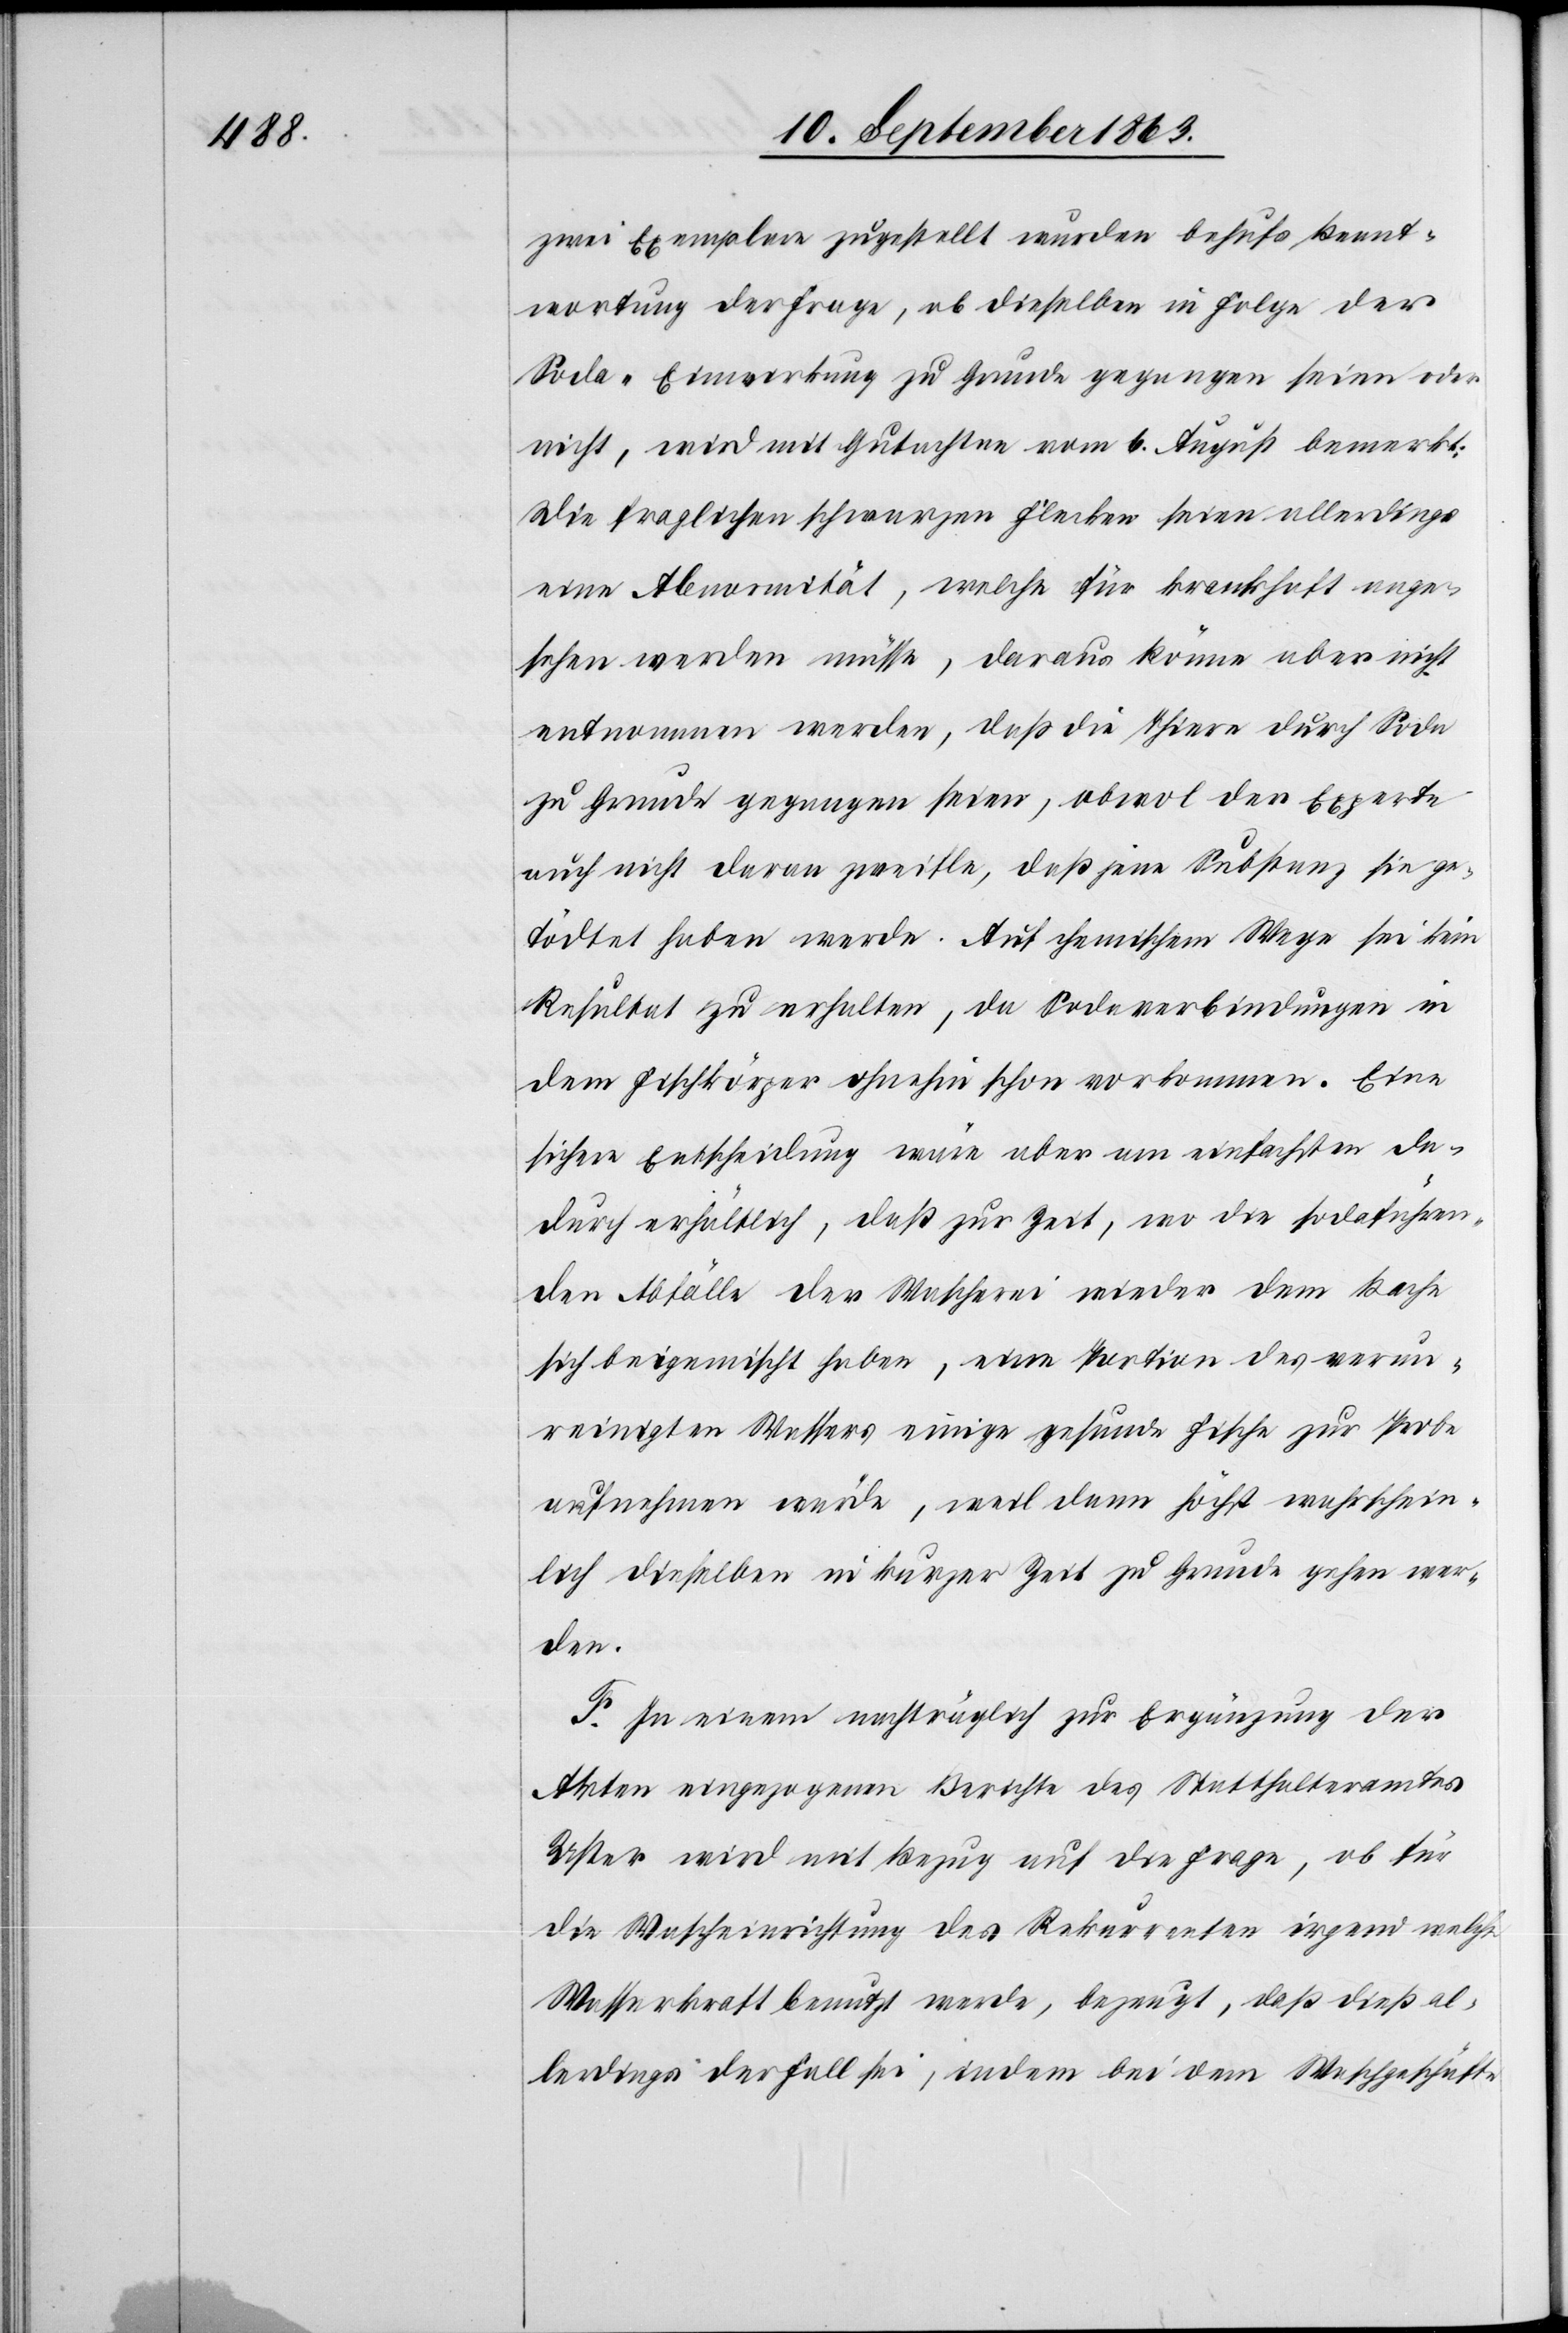
zwei Exemplare zugestellt wurden behufs Beant¬
wortung der Frage, ob dieselben in Folge der
Soda-Einwirkung zu Grunde gegangen seien oder
nicht, wird mit Gutachten vom 6. August bemerkt:
Die fraglichen schwarzen Flecken seien allerdings
eine Abnormität, welche für krankhaft ange¬
sehen werden müsse, daraus könne aber nicht
entnommen werden, daß die Thiere durch Soda
zu Grunde gegangen seien, obwol der Experte
auch nicht daran zweifle, daß jene Substanz sie ge¬
tödtet haben werde. Auf chemischem Wege sei kein
Resultat zu erhalten, da Sodaverbindungen in
dem Fischkörper ohnehin schon vorkommen. Eine
sichere Entscheidung wäre aber am einfachsten da¬
durch erhältlich, daß zur Zeit, wo die sodaführen¬
den Abfälle der Wascherei wieder dem Bache
sich beigemischt haben, eine Portion des verun¬
reinigten Wassers einige gesunde Fische zur Probe
aufnehmen würde, weil dann höchst wahrschein¬
lich dieselben in kurzer Zeit zu Grunde gehen wer¬
den.
F. In einem nachträglich zu Ergänzung der
Akten eingezogenen Berichte des Statthalteramtes
Uster wird mit Bezug auf die Frage, ob für
die Wascheinrichtung des Rekurrenten irgend welche
Wasserkraft benutzt werde, bezeugt, daß dieß al¬
lerdings der Fall sei, indem bei dem Waschgeschäfte